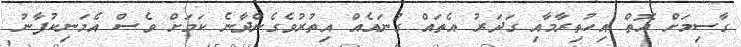
ގާސިމަށް އޮތް އިހުތިރާމާއި ގަދަރު އެތައް ގުނައެއް އިތުރުވެގެންދާނެ ކަމަށް ވެސް އެމަނިކުފާނު